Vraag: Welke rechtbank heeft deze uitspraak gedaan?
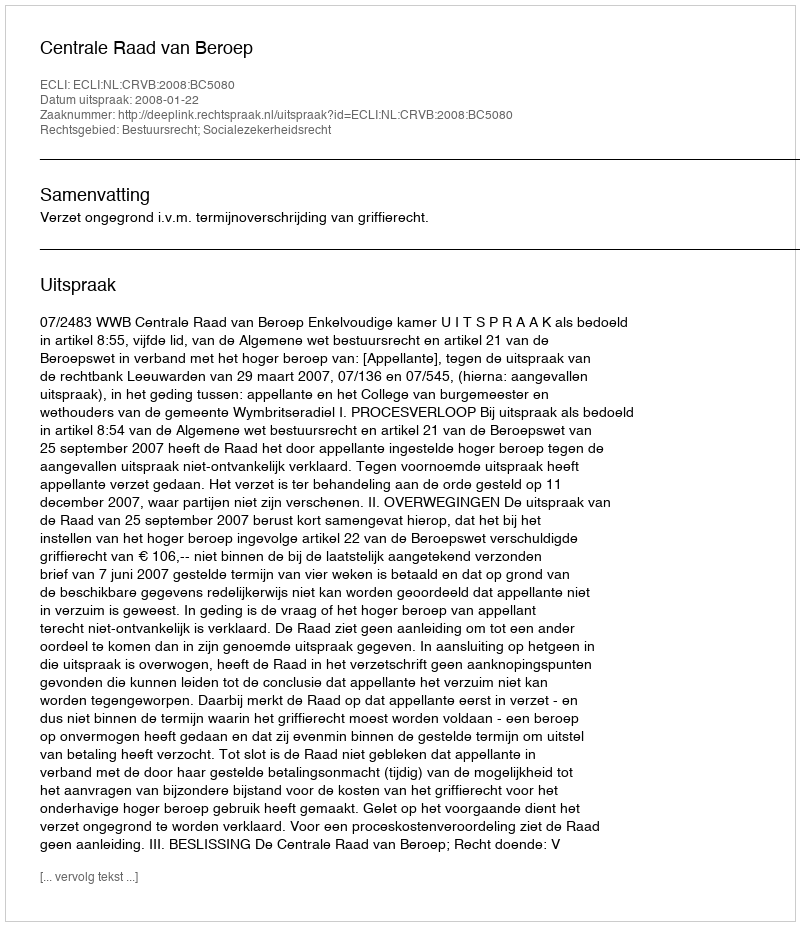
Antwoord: Centrale Raad van Beroep